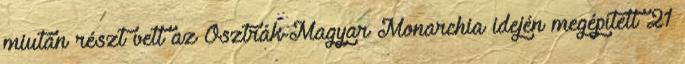
miután részt vett az Osztrák-Magyar Monarchia idején megépített 21